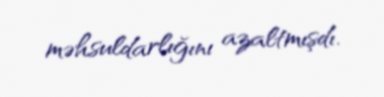
məhsuldarlığını azaltmışdı.